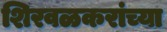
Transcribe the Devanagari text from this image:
शिरवळकरांच्या